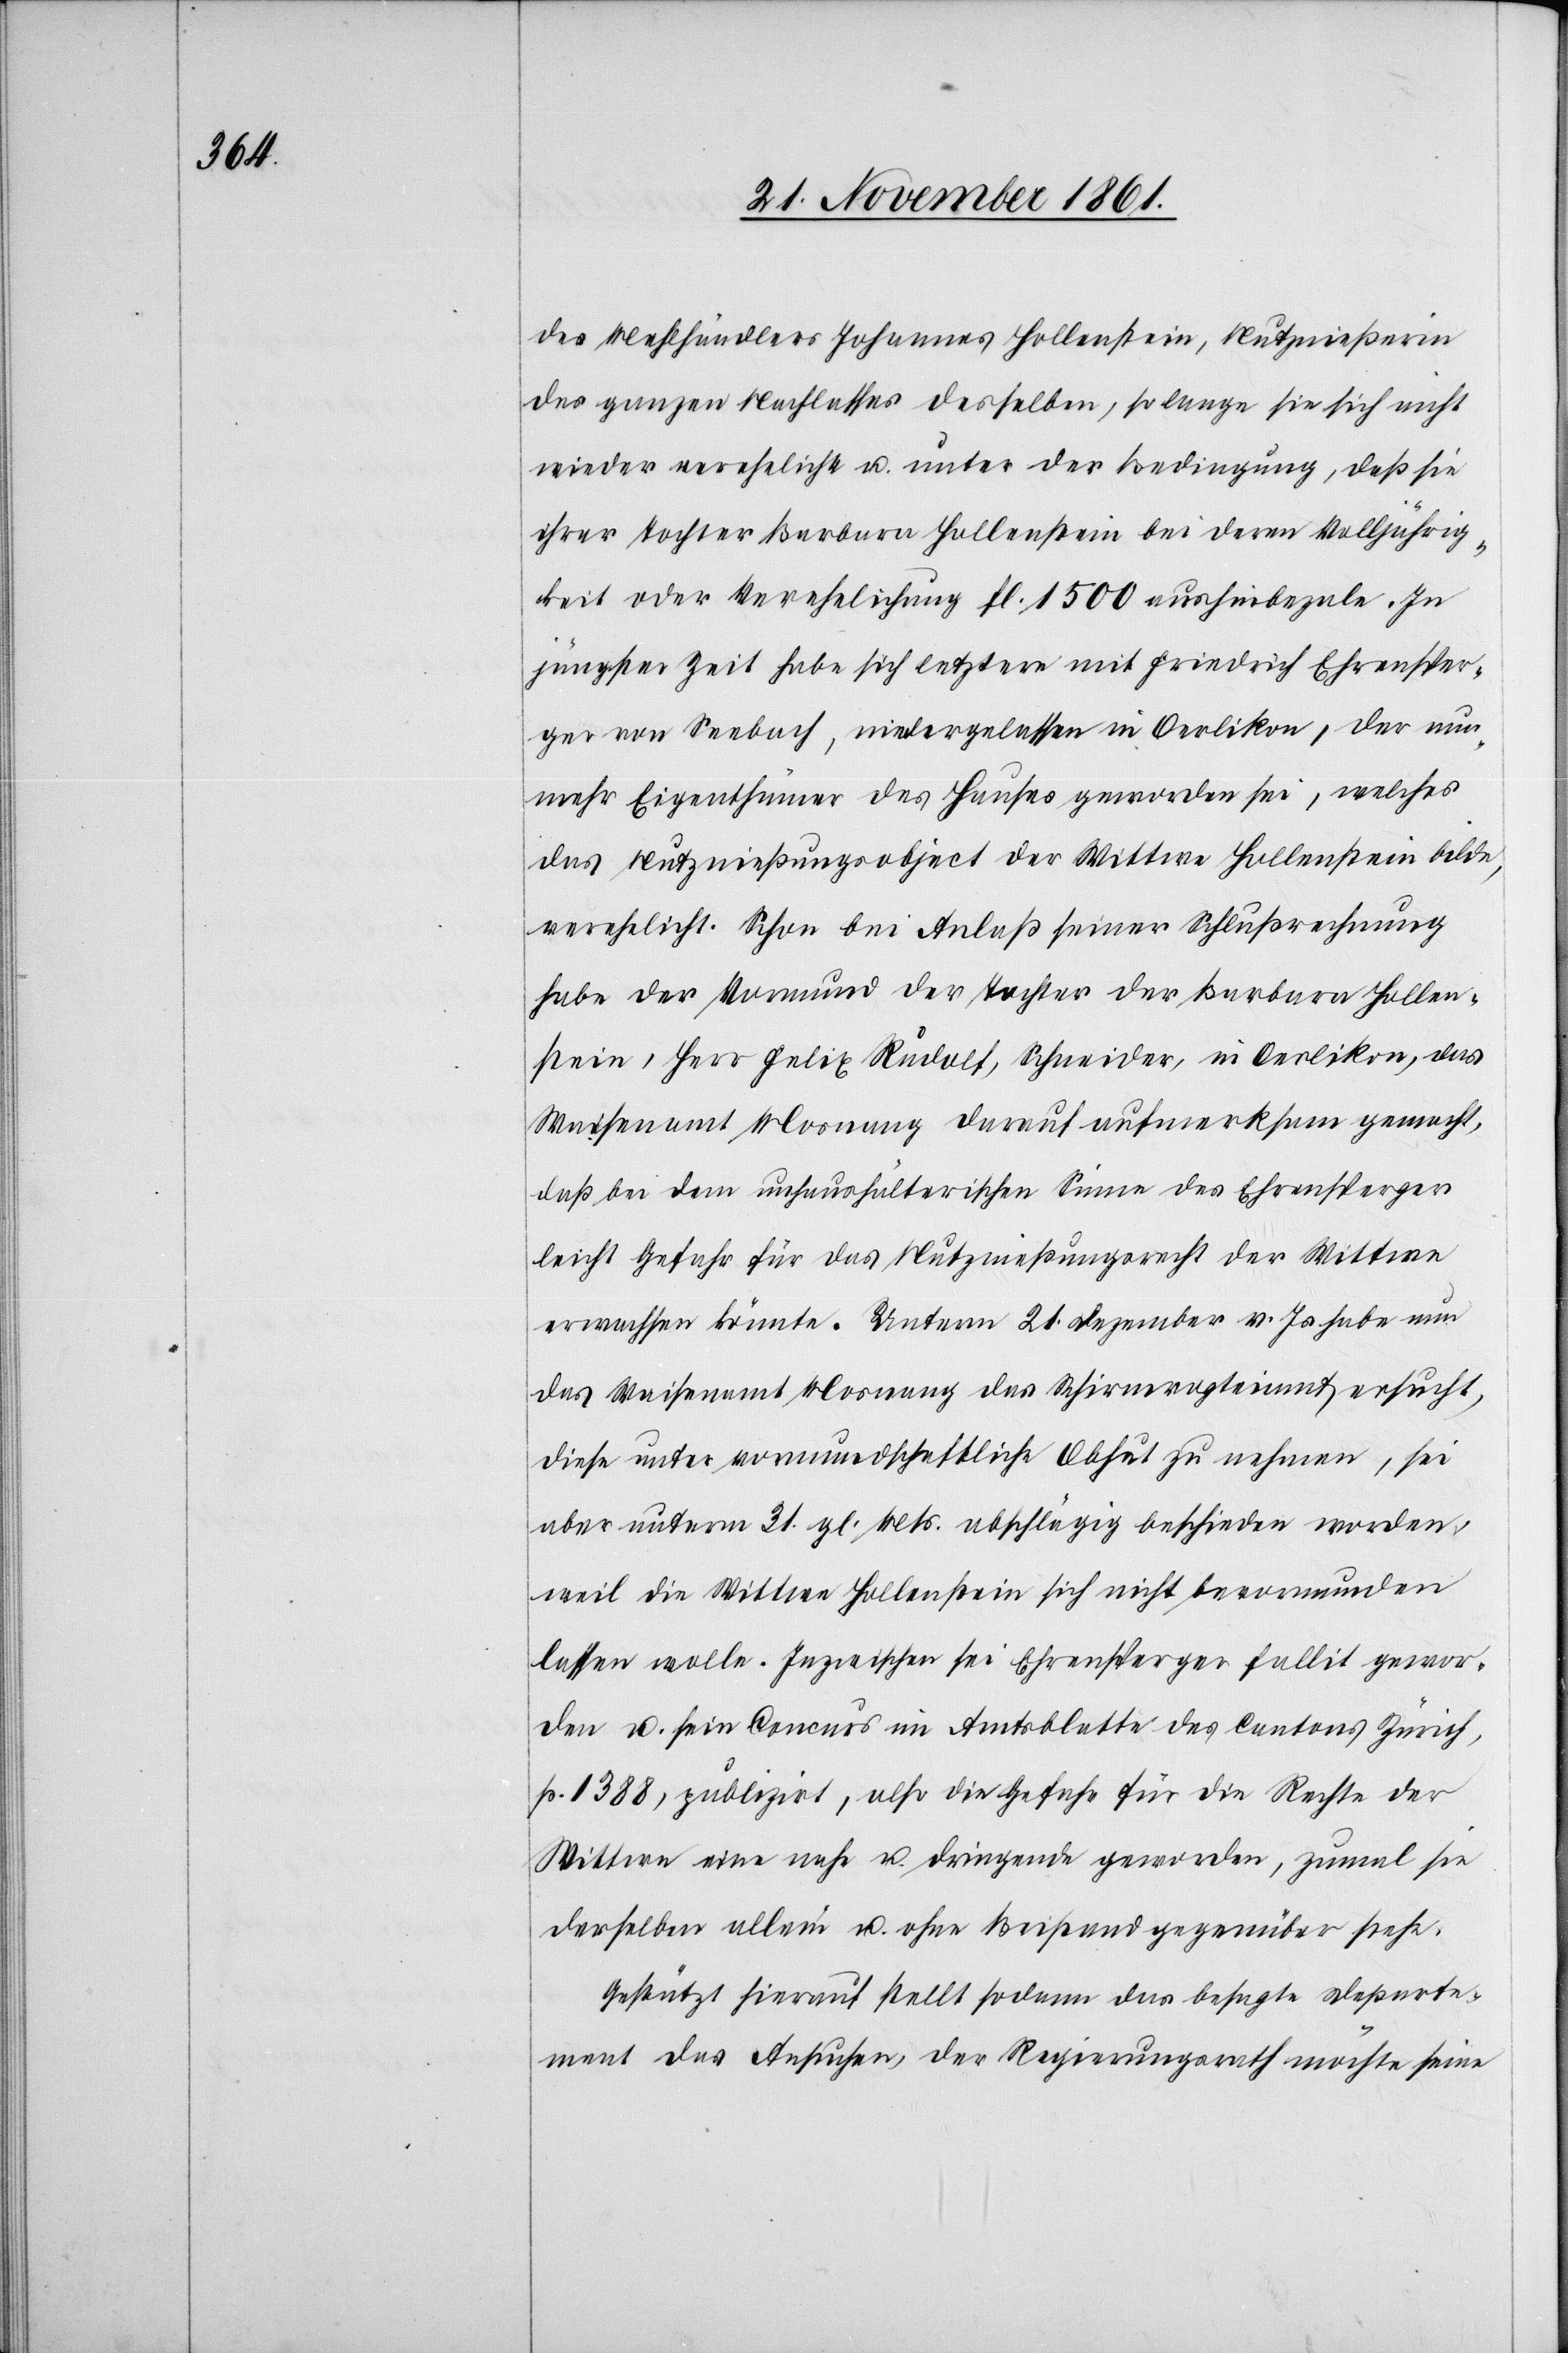
des Mehlhändlers Johannes Hollenstein, Nutznießerin
des ganzen Nachlasses desselben, so lange sie sich nicht
wieder verehelicht u. unter der Bedingung, daß sie
ihrer Tochter Barbara Hollenstein bei deren Volljährig¬
keit oder Verehelichung fl. 1500 aushinbezale. In
jüngster Zeit habe sich letztere mit Friedrich Ehrensper¬
ger von Seebach, niedergelassen in Oerlikon, der nun
mehr Eigenthümer des Hauses geworden sei, welches
das Nutznießungsobject der Wittwe Hollenstein bilde,
verehelicht. Schon bei Anlaß seiner Schlußrechnung
habe der Vormund der Tochter der Barbara Hollen¬
stein, Herr Felix Rudolf, Schneider, in Oerlikon, das
Waisenamt Mosnang darauf aufmerksam gemacht,
daß bei dem unhaushälterischen Sinne des Ehrensperger
leicht Gefahr für das Nutznießungsrecht der Wittwe
erwachsen könnte. Unterm 21 Dezember v. Js. habe nun
das Waisenamt Mosnang das Schirmvogteiamt ersucht,
diese unter vormundschaftliche Obhut zu nehmen, sei
aber unterm 31 gl. Mts. abschlägig beschieden worden,
weil die Wittwe Hollenstein sich nicht bevormunden
lassen wolle. Inzwischen sei Ehrensperger fallit gewor¬
den u. sein Concurs im Amtsblatte des Cantons Zürich,
p. 1388, publizirt, also die Gefahr für die Rechte der
Wittwe eine nahe u. dringende geworden, zumal sie
derselben allein u. ohne Beistand gegenüber stehe.
Gestützt hierauf stellt sodann das besagte Departe¬
ment das Ansuchen, der Regierungsrath möchte seine